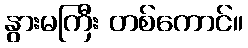
နွားမကြီး တစ်ကောင်။